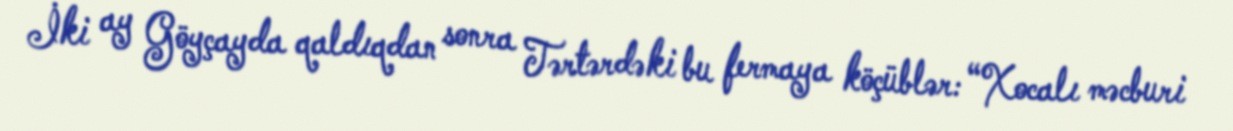
İki ay Göyçayda qaldıqdan sonra Tərtərdəki bu fermaya köçüblər: “Xocalı məcburi